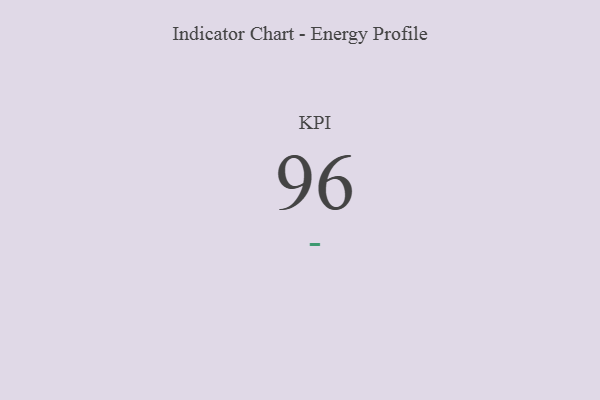
{"axis": {"x": "KPI", "y": "Value"}, "legend": [""], "data": [{"x": "KPI", "y": 96, "type": ""}]}